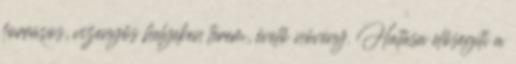
forrásos, vizenyős helyeken terem, évelő növény. Hatása elősegíti a